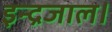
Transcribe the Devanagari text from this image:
इन्द्रजाल।